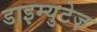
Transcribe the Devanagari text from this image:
डाइम्युटेज़